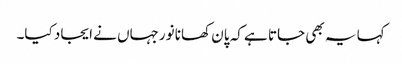
کہا یہ بھی جاتا ہے کہ پان کھانا نورجہاں نے ایجاد کیا۔